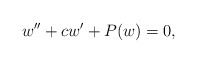
\begin{align*}w'' + c w' + P(w) = 0,\end{align*}